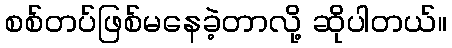
စစ်တပ်ဖြစ်မနေခဲ့တာလို့ ဆိုပါတယ်။